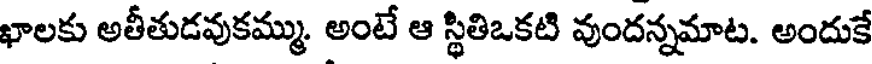
ఖాలకు అతీతుడవుకమ్ము. అంటే ఆ స్థితిఒకటి వుందన్నమాట. అందుకే